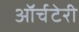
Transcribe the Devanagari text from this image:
ऑर्चटेरी